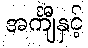
အင်္ကျီနှင့်